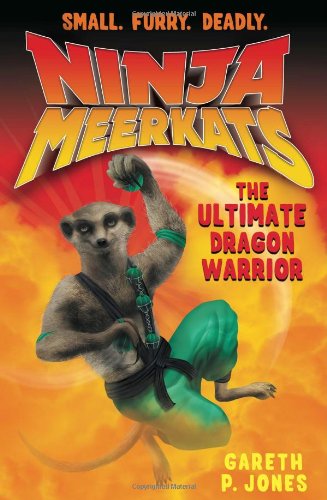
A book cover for Ninja Meerkats (#7) The Ultimate Dragon Warrior; Gareth P. Jones; Children's Books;